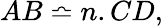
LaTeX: AB\bumpeq n.CD,